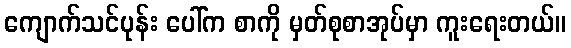
ကျောက်သင်ပုန်း ပေါ်က စာကို မှတ်စုစာအုပ်မှာ ကူးရေးတယ်။